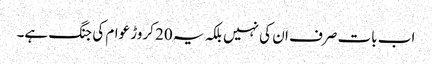
اب بات صرف ان کی نہیں بلکہ یہ 20 کروڑ عوام کی جنگ ہے۔